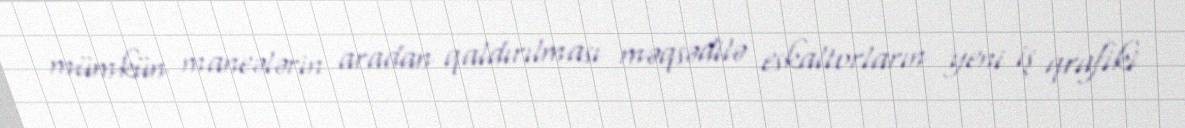
mümkün maneələrin aradan qaldırılması məqsədilə eskaltorların yeni iş qrafiki